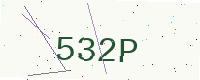
Text: 532P